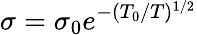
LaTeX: \sigma=\sigma_{0}e^{-(T_{0}/T)^{1/2}}